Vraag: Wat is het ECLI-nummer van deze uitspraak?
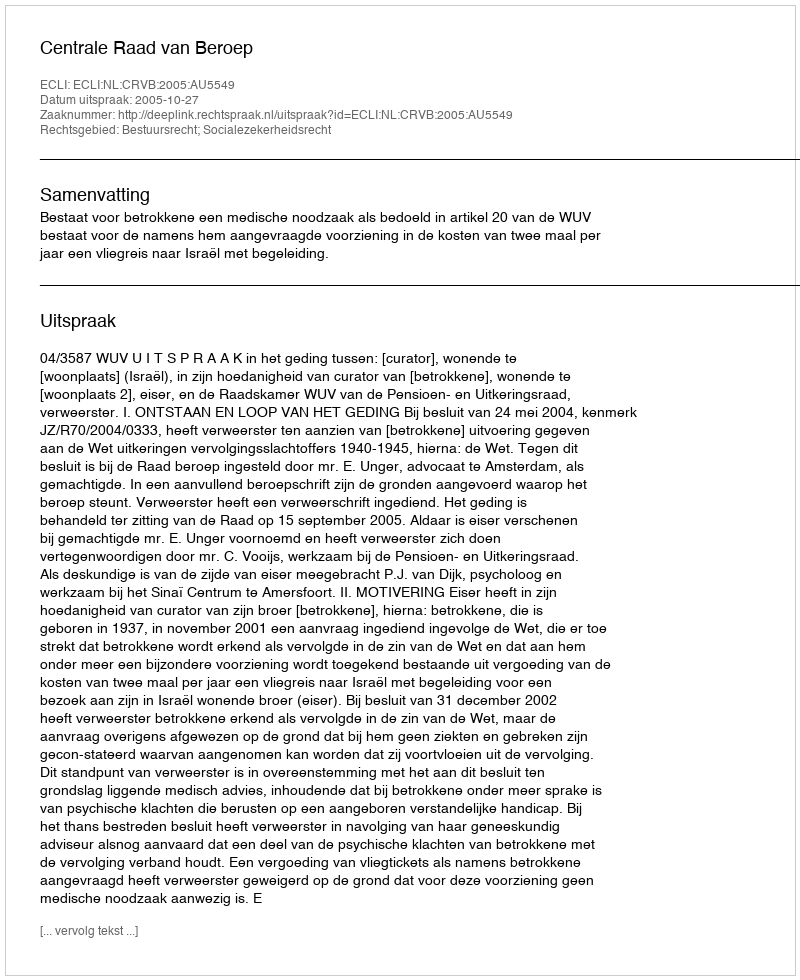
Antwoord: ECLI:NL:CRVB:2005:AU5549